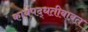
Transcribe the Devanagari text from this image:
कार्यपद्धतीबाबत